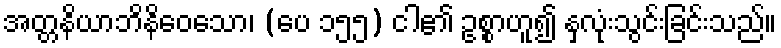
အတ္တနိယာဘိနိဝေသော၊ (ပေ ၁၅၅) ငါ၏ ဥစ္စာဟူ၍ နှလုံးသွင်းခြင်းသည်။